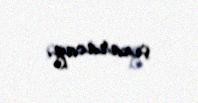
çıxaracaq.